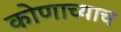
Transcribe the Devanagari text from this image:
कोणाच्याच